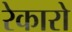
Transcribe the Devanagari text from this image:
रेकारो